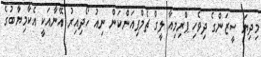
މިދިޔަ ސީޒަންގެ ދިވެހި ޕްރިމިއާ ލީގް ޗެމްޕިއަންކަން ނިއު ހޯދިއިރު އޭނާއަކީ އެކާމިޔާބުގެ